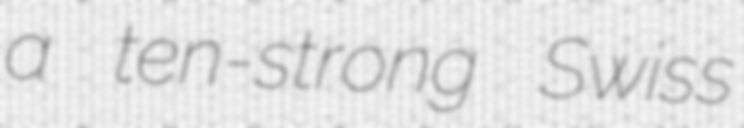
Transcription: a ten-strong Swiss